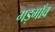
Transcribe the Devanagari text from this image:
गड़गाँव